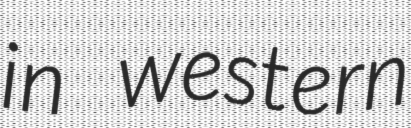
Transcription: in western